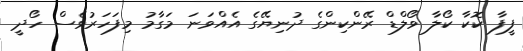
ފީފާ ކޮކާ ކޯލާ ވޯލްޑް ރޭންކިންގެ ދުނިޔޭގެ އެއްވަނަ މަގާމު މިފަހަރުވެސް ހޯދީ